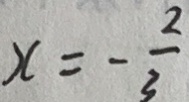
x = - \frac { 2 } { 3 }